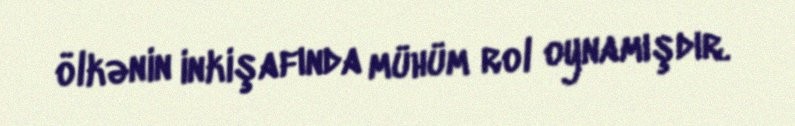
ölkənin inkişafında mühüm rol oynamışdır.